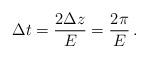
LaTeX: \begin{align*}\:\Delta t = \frac{2\Delta z}{E} = \frac{2\pi }{E} \,.\:\end{align*}